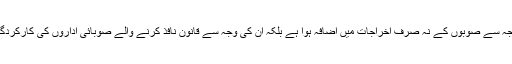
نیم فوجی اداروں کی وجہ سے صوبوں کے نہ صرف اخراجات میں اضافہ ہوا ہے بلکہ ان کی وجہ سے قانون نافذ کرنے والے صوبائی اداروں کی کارکردگی بھی متاثر ہوئی ہے۔